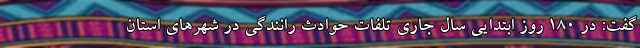
گفت: در ۱۸۰ روز ابتدایی سال جاری تلفات حوادث رانندگی در شهرهای استان